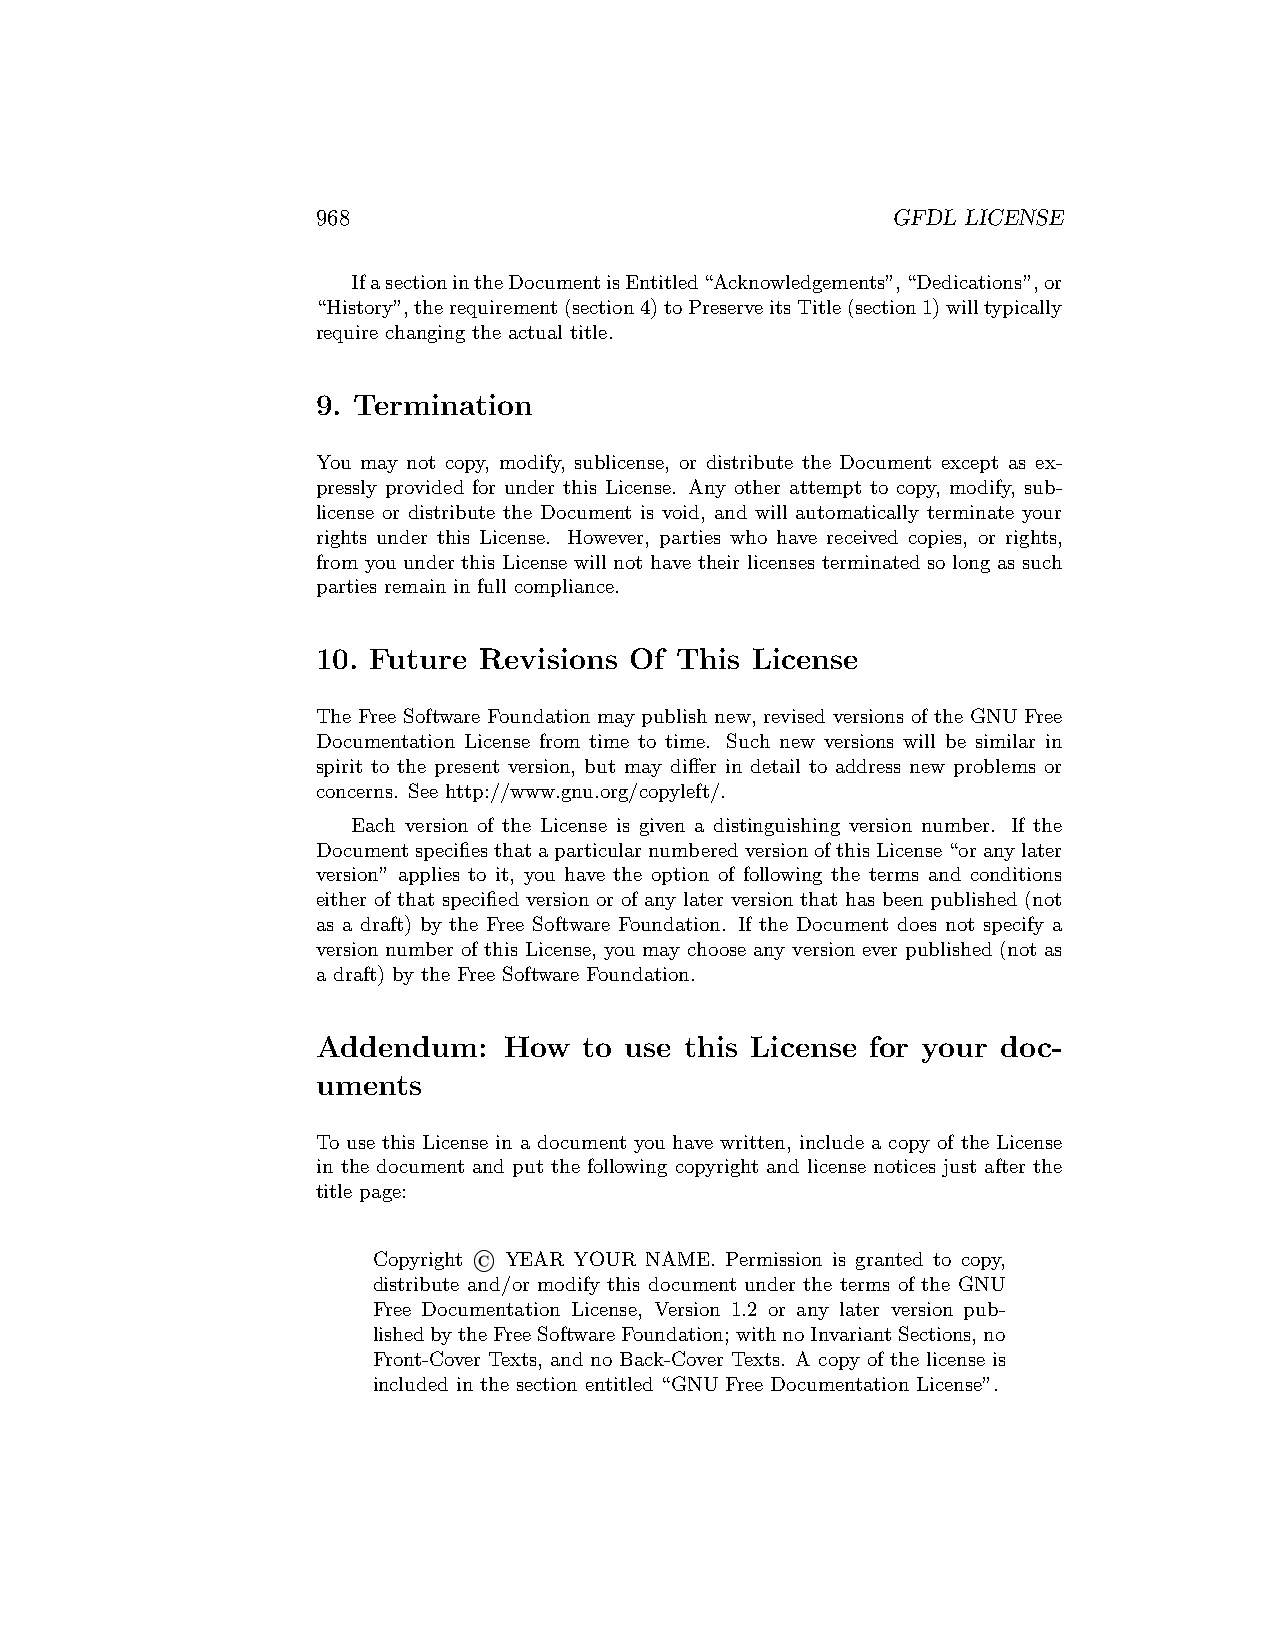
968                                   GFDL LICENSE
 IfasectionintheDocumentisEntitled“Acknowledgements”,“Dedications”,or
 “History”,therequirement(section4)toPreserveitsTitle(section1)willtypically
 require changing the actual title.
 9. Termination
 You may not copy, modify, sublicense, or distribute the Document except as ex-
 pressly provided for under this License. Any other attempt to copy, modify, sub-
 license or distribute the Document is void, and will automatically terminate your
 rights under this License. However, parties who have received copies, or rights,
 from you under this License will not have their licenses terminated so long as such
 parties remain in full compliance.
 10. Future Revisions Of This License
 The Free Software Foundation may publish new, revised versions of the GNU Free
 Documentation License from time to time. Such new versions will be similar in
 spirit to the present version, but may differ in detail to address new problems or
 concerns. See http://www.gnu.org/copyleft/.
 Each version of the License is given a distinguishing version number. If the
 DocumentspecifiesthataparticularnumberedversionofthisLicense“oranylater
 version” applies to it, you have the option of following the terms and conditions
 either of that specified version or of any later version that has been published (not
 as a draft) by the Free Software Foundation. If the Document does not specify a
 version number of this License, you may choose any version ever published (not as
 a draft) by the Free Software Foundation.
 Addendum:   How   to use this License for your doc-
 uments
 To use this License in a document you have written, include a copy of the License
 in the document and put the following copyright and license notices just after the
 title page:
 Copyright ' YEAR YOUR NAME. Permission is granted to copy,
 distribute and/or modify this document under the terms of the GNU
 Free Documentation License, Version 1.2 or any later version pub-
 lishedbytheFreeSoftwareFoundation; withnoInvariantSections,no
 Front-Cover Texts, and no Back-Cover Texts. A copy of the license is
 included in the section entitled “GNU Free Documentation License”.